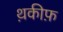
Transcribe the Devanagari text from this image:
थ़कीफ़